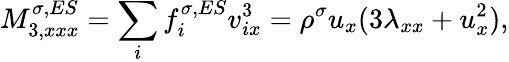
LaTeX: M_{3,xxx}^{\sigma,ES}=\sum_{i}f_{i}^{\sigma,ES}v_{ix}^{3}=\rho^{\sigma}u_{x}(3\lambda_{xx}+u_{x}^{2}),